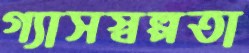
গ্যাসস্বল্পতা